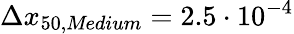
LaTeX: \Delta x_{50,\textit{Medium}}=2.5\cdot 10^{-4}